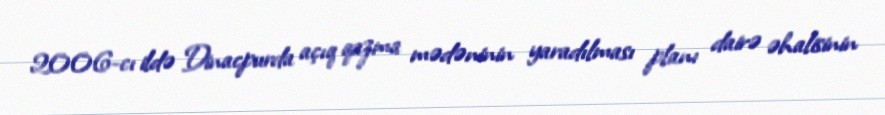
2006-cı ildə Dinacpurda açıq qazma mədəninin yaradılması planı dairə əhalisinin